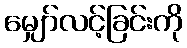
မျှော်လင့်ခြင်းကို